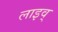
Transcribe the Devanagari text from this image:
लाइव्